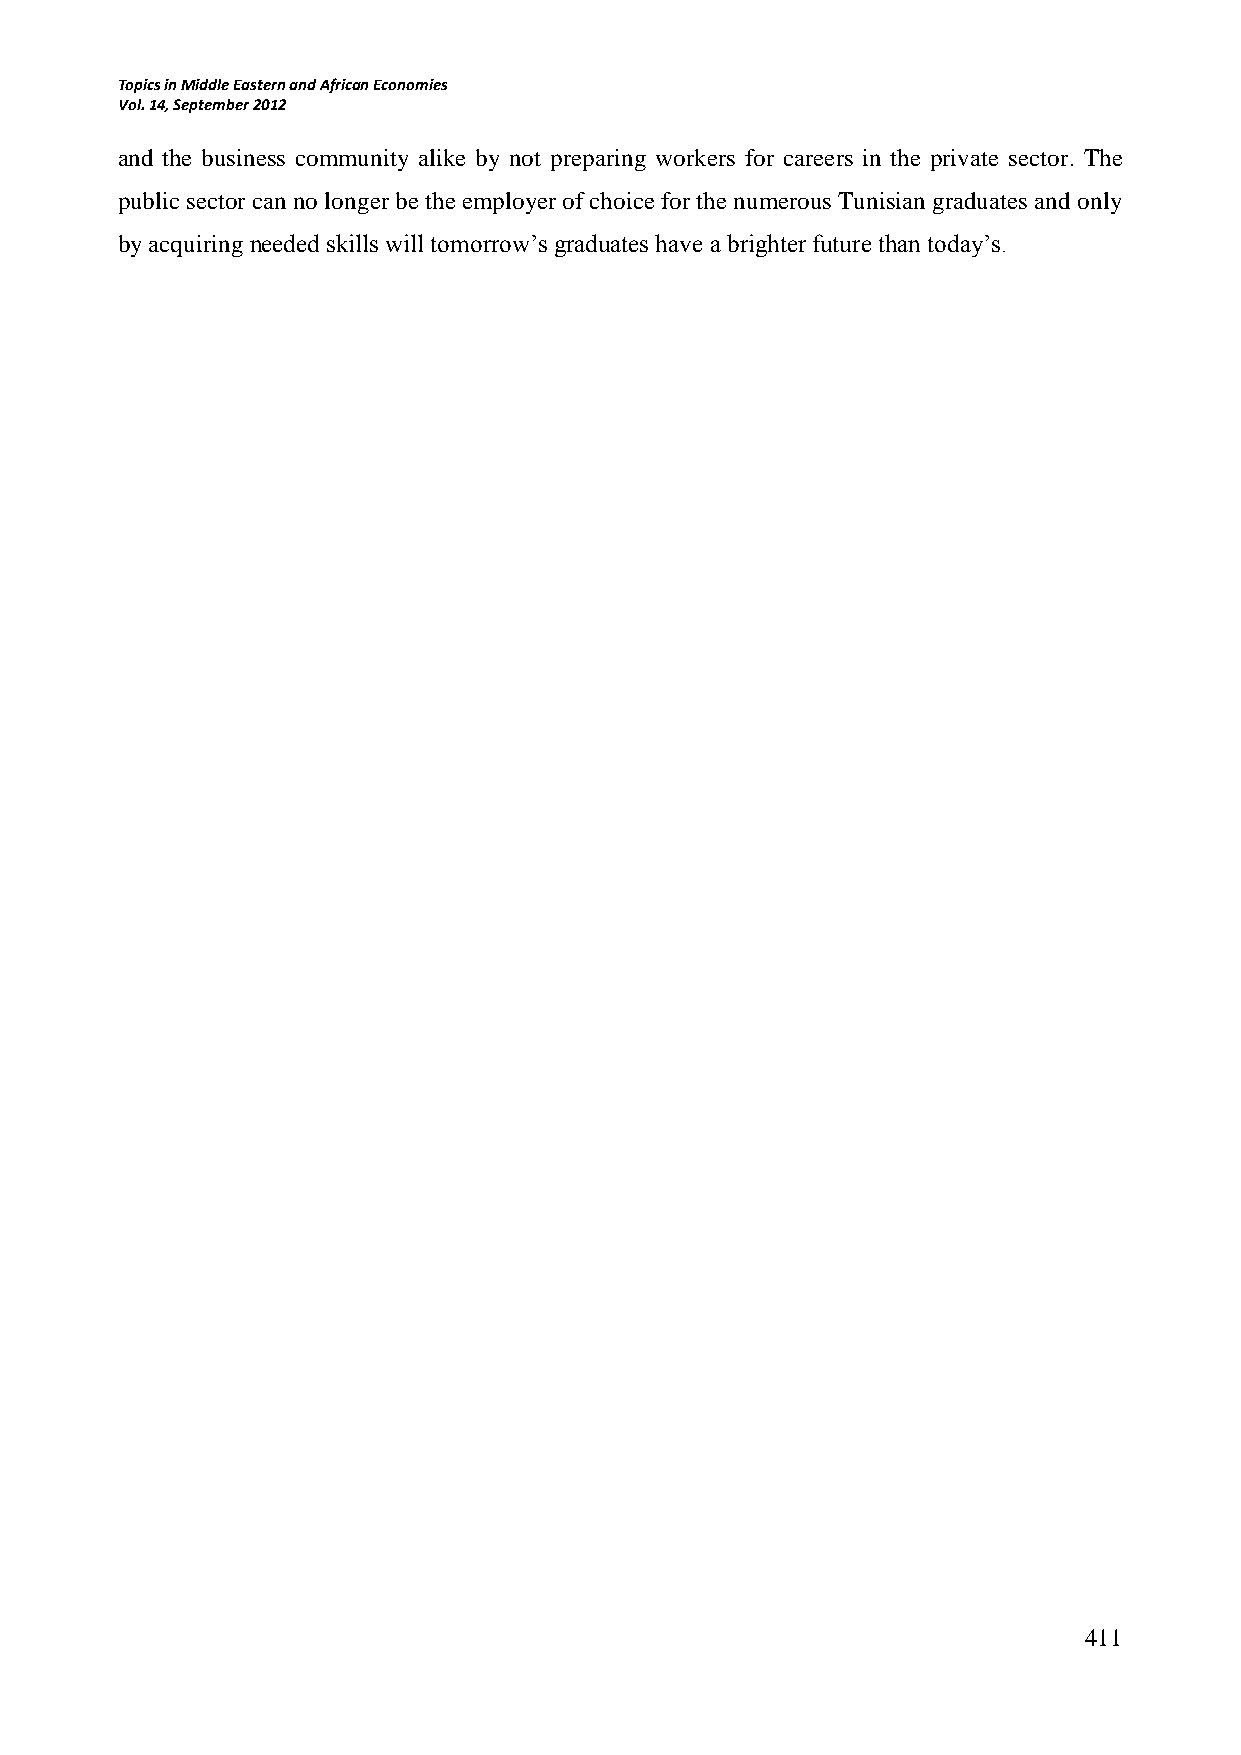
Topics in Middle Eastern and African Economies
 Vol. 14, September 2012
 and the business community alike by not preparing workers for careers in the private sector. The
 public sector can no longer be the employer of choice for the numerous Tunisian graduates and only
 by acquiring needed skills will tomorrow’s graduates have a brighter future than today’s.
 411